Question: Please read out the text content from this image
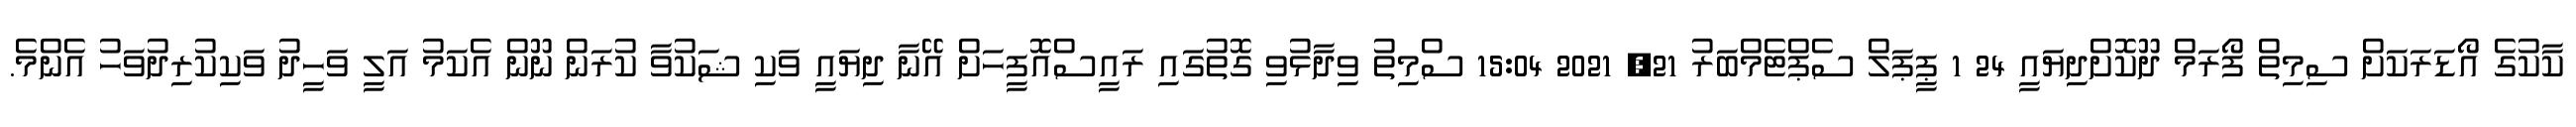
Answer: ކާކުގެ އޯޑަރަކަށް ސިމިތް ފޯރަމް ދޫކޮށްދިޔައީ 24 1 ޕީޕަލް ސެޕްޓެމްބަރު 21, 2021 15:04 ސްމިތު ވިދާޅުވި ގޮތުގައި ރައީސްއޮފީހަށް އޭނާ ދިޔައީ ވަކި ޝަކުވާ ކުރަން ނޫން އެކަމު އަލީ ވަހީދު ވަކިކުރިދުވަހު އެންމެ.